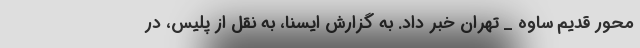
محور قدیم ساوه _ تهران خبر داد. به گزارش ایسنا، به نقل از پلیس، در